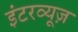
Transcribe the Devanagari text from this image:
इंटरव्यूज़